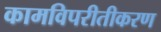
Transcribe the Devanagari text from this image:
कामविपरीतीकरण